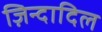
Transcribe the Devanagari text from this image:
ज़िन्दादिल